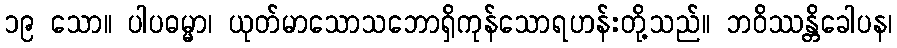
၁၉ သော။ ပါပဓမ္မာ၊ ယုတ်မာသောသဘောရှိကုန်သောရဟန်းတို့သည်။ ဘဝိဿန္တိခေါပန၊